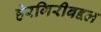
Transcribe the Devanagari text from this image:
हेरगिरीबद्दल